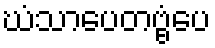
ဃံသာပေတဗ္ဗံပေ